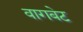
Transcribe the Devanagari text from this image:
वागबेट